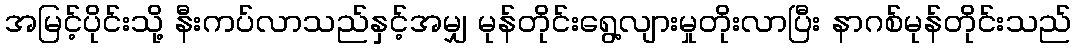
အမြင့်ပိုင်းသို့ နီးကပ်လာသည်နှင့်အမျှ မုန်တိုင်းရွေ့လျားမှုတိုးလာပြီး နာဂစ်မုန်တိုင်းသည်